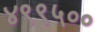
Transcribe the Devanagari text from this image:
४९९५००